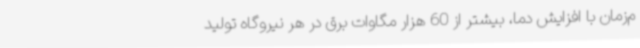
م‌زمان با افزایش دما، بیشتر از 60 هزار مگاوات برق در هر نیروگاه تولید